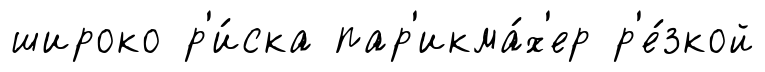
широко р'и́ска пар'икма́х'ер р'е́зкой